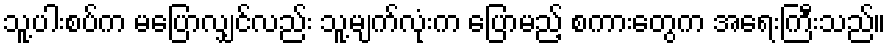
သူ့ပါးစပ်က မပြောလျှင်လည်း သူ့မျက်လုံးက ပြောမည့် စကားတွေက အရေးကြီးသည်။